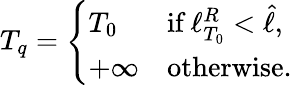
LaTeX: T_{q}=\left\{ \begin{array}{ll}{T_{0}}&{\textrm{if}~\ell_{T_{0}}^{R}<\hat{\ell},}\\ {+\infty}&{\textrm{otherwise.}}\end{array}\right.